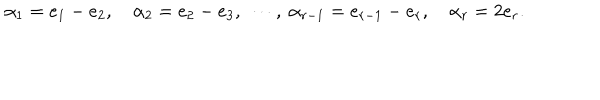
\alpha _ { 1 } = e _ { 1 } - e _ { 2 } , \quad \alpha _ { 2 } = e _ { 2 } - e _ { 3 } , \ \cdots , \ \alpha _ { r - 1 } = e _ { r - 1 } - e _ { r } , \quad \alpha _ { r } = 2 e _ { r } .